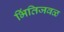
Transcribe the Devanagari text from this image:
भिंतिजवळ